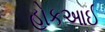
હોકઆઈ